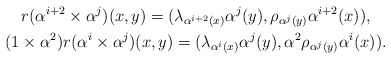
\begin{gather*}r(\alpha^{i+2}\times\alpha^{j})(x,y)=(\lambda_{\alpha^{i+2}(x)}\alpha^{j}(y),\rho_{\alpha^{j}(y)}\alpha^{i+2}(x)),\\(1\times\alpha^{2})r(\alpha^{i}\times\alpha^{j})(x,y)=(\lambda_{\alpha^{i}(x)}\alpha^{j}(y),\alpha^{2}\rho_{\alpha^{j}(y)}\alpha^{i}(x)).\end{gather*}